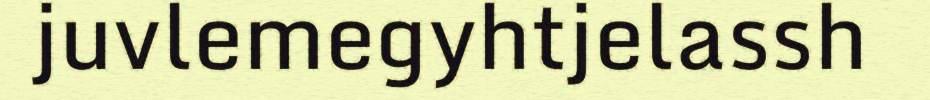
juvlemegyhtjelassh